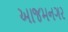
આજમનગર